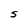
Character: S